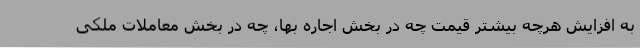
به افزایش هرچه بیشتر قیمت چه در بخش اجاره بها، چه در بخش معاملات ملکی